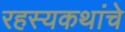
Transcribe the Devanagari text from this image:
रहस्यकथांचे